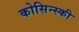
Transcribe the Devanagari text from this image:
कोसिन्स्की